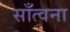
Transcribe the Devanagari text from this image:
साँत्वना